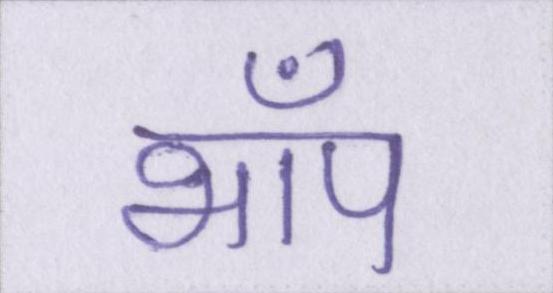
भाँप